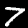
Digit: 7